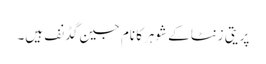
پریتی زنٹا کے شوہرکا نام جین گڈنف ہیں۔